DOW-UAP-D48, Department of the Air Force Report, 1996
Agency: Department of War
Incident date: 9/10/96
Page 39
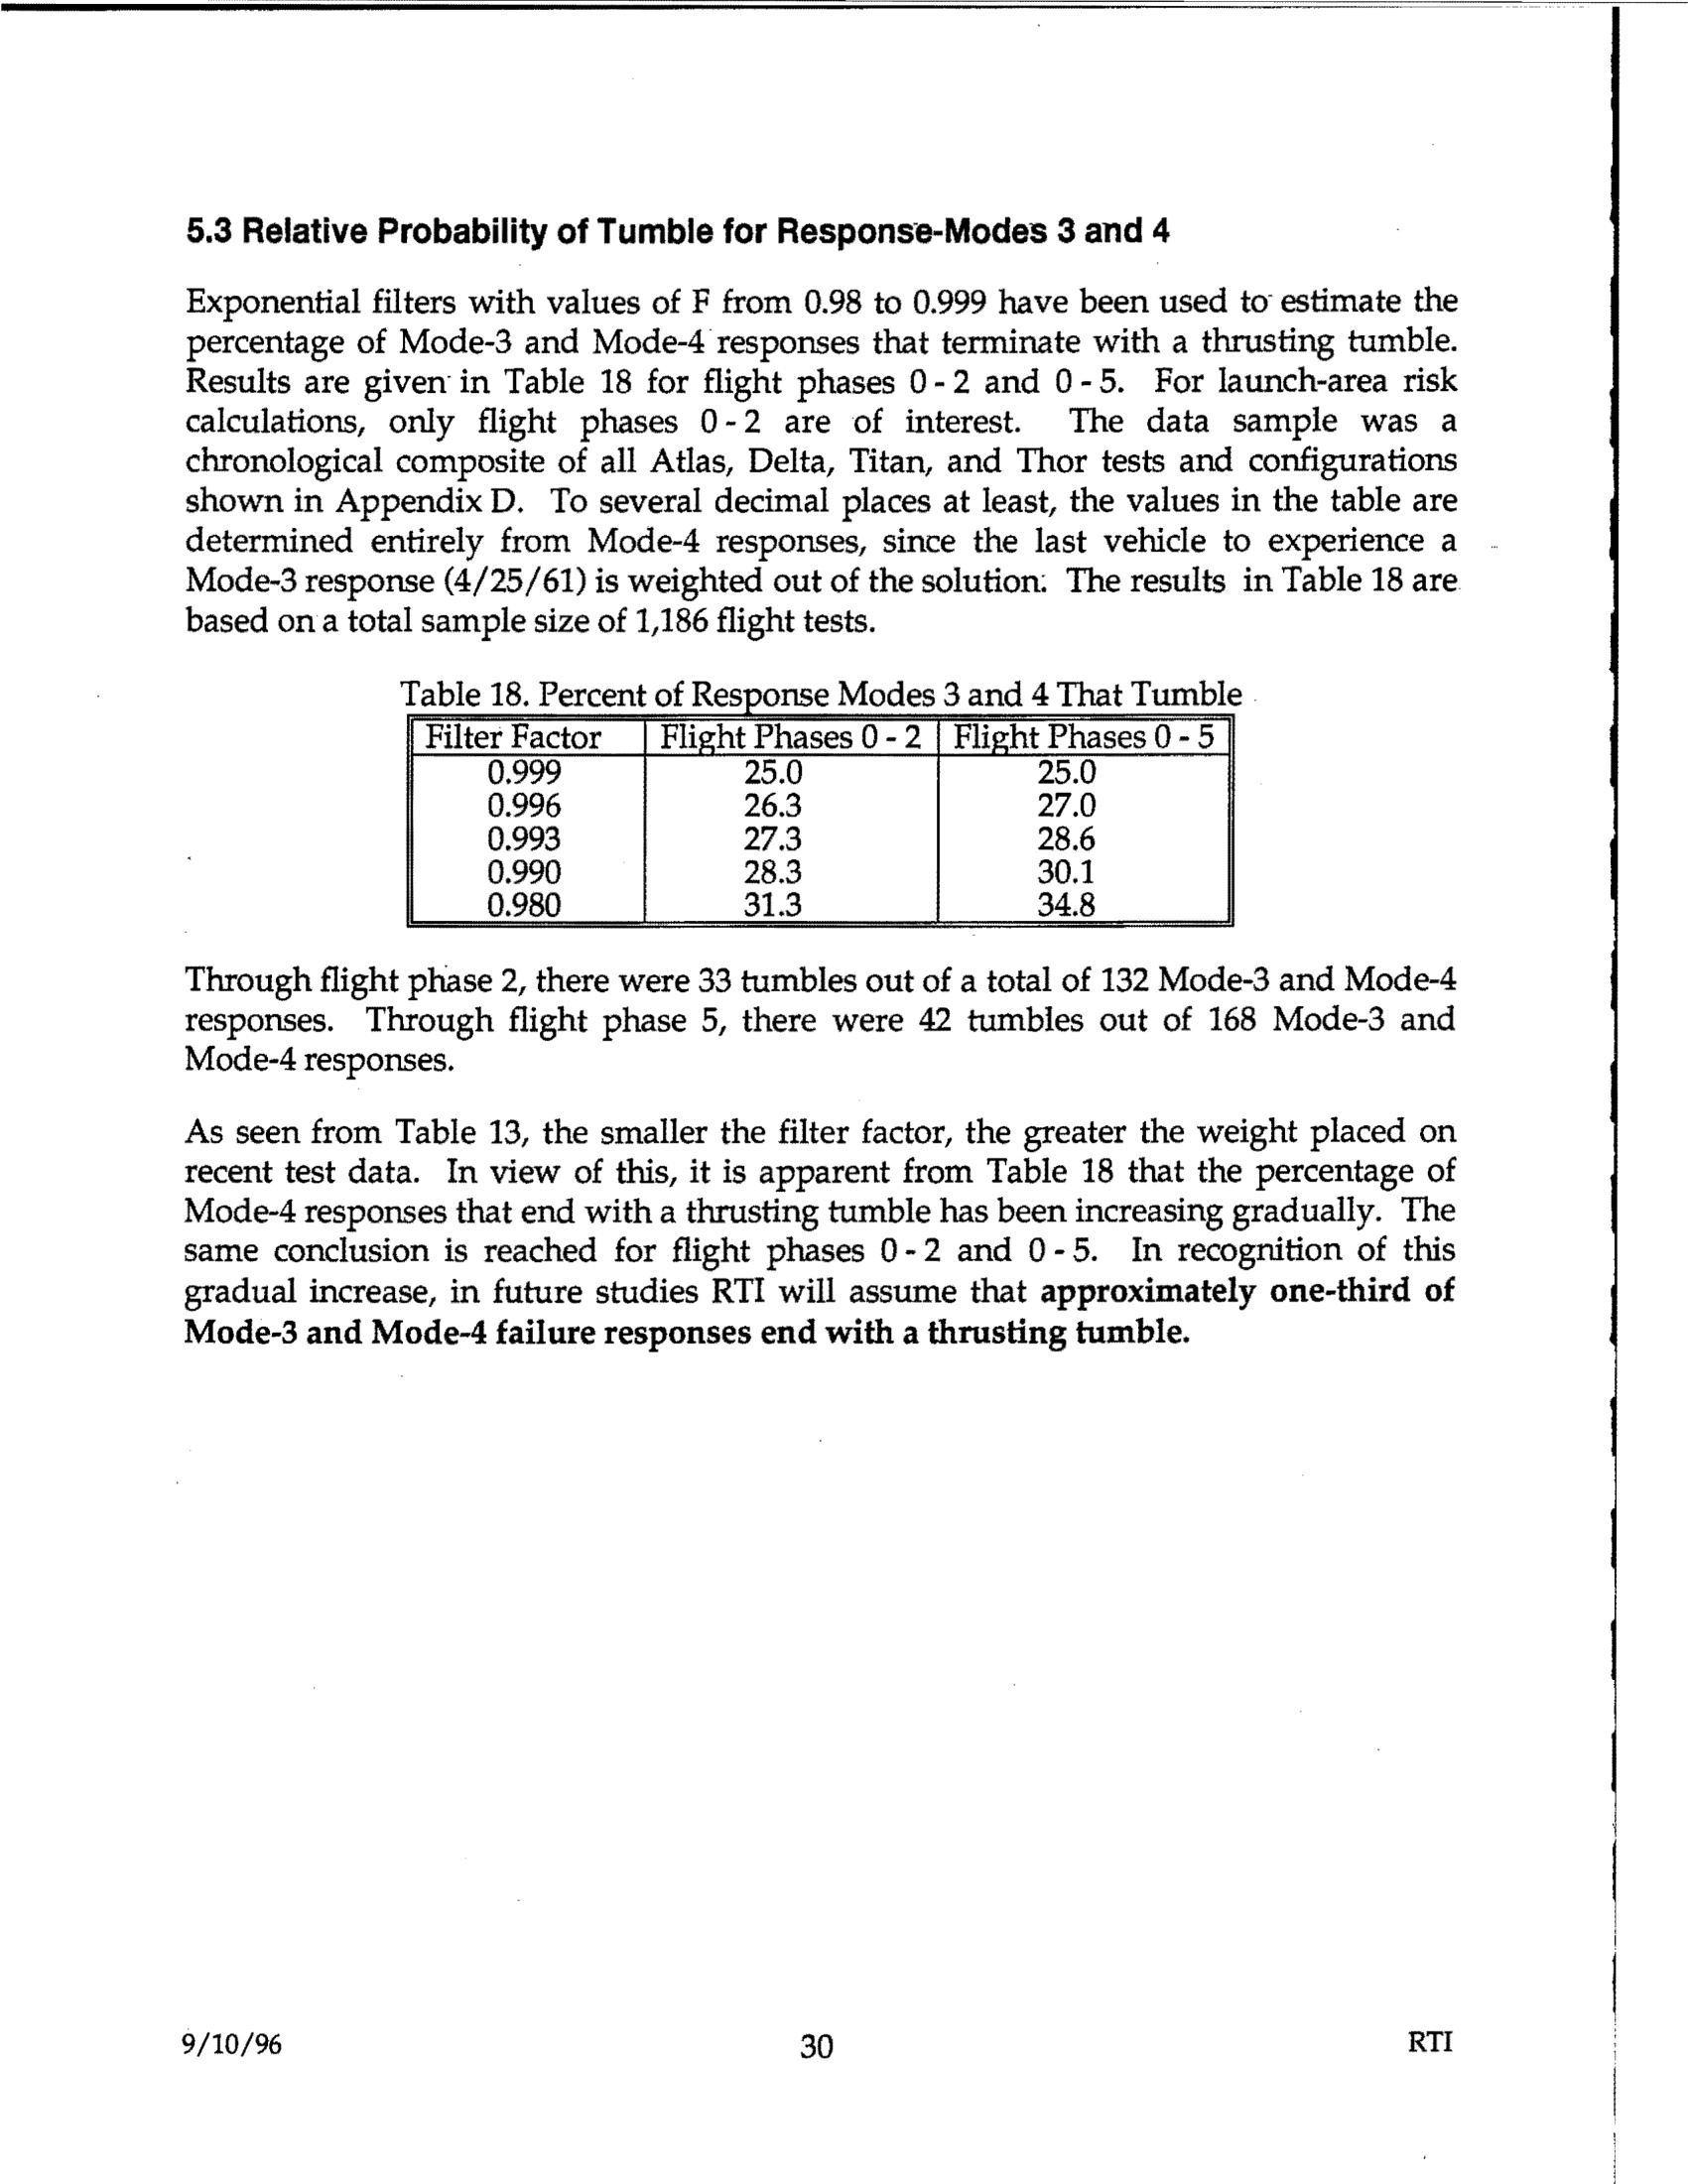